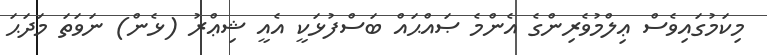
މިކަމުގައިވެސް ޢިލްމުވެރިންގެ އެންމެ ޞައްޙައް ބަސްފުޅަކީ އެއީ ޝިޢްރު (ޅެން) ނަވަތަ މަދަޙަ